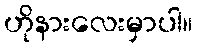
ဟိုနားလေးမှာပါ။